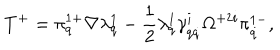
T ^ { + } = \pi _ { q } ^ { 1 + } \nabla \lambda _ { q } ^ { 1 } - \frac 1 2 \lambda _ { q } ^ { 1 } \gamma _ { q \dot { q } } ^ { i } \Omega ^ { + 2 i } \pi _ { \dot { q } } ^ { 1 - } ,